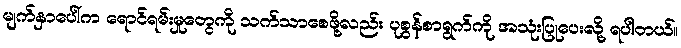
မျက်နှာပေါ်က ရောင်ရမ်းမှုတွေကို သက်သာစေဖို့လည်း ပုစွန်စာရွက်ကို အသုံးပြုပေးလို့ ရပါတယ်။